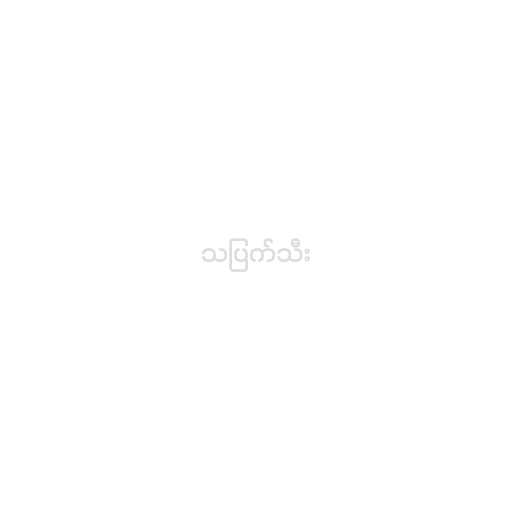
သပြက်သီး